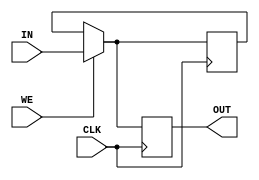
module REGISTER
(
    input [15:0] IN,
    input CLK, WE,
    output reg [15:0] OUT
);
    // Register Size
    parameter DATA_WIDTH = 16;
    // Temp Holder
    reg [15:0] CURRENT = 16'b0000_0000_0000_0000;

    always @ (posedge CLK)
        begin
            if (WE)
                begin
                    OUT <= IN;
                    CURRENT <= IN;
                end
            else
                begin
                    OUT <= CURRENT;
                end
        end

endmodule

/*****************************************************************************/
/************************ Test Bench for REGISTER ****************************/
/*****************************************************************************/
module testREGISTER;

    reg [15:0] IN;
    reg CLK, WE;
    wire [15:0] OUT;
    
    // Initiate registers
    initial begin
        IN = 16'b0000_0000_0000_0000;
        CLK = 1'b0;
        WE = 1'b0;
    end
    
    // Initiate Register
    REGISTER UUT(
        .IN(IN),
        .CLK(CLK),
        .WE(WE),
        .OUT(OUT)
    );
    
    // Test
    initial begin
        #10 // Set a value for REG
        IN = 16'b0110_0011_0000_1110;
        CLK = 1'b1;
        WE = 1'b1;
        #10
        CLK = 1'b0;
        #10 // Keep a value on DATA with WE - 0
        IN = 16'b0011_0000_1110_0001;
        CLK = 1'b1;
        WE = 1'b0;
        #10
        CLK = 1'b0;
        #10 // Set a new value for REG
        IN = 16'b0011_0010_1110_1101;
        CLK = 1'b1;
        WE = 1'b1;
        #10
        CLK = 1'b0;
        #10 // Try Read value
        IN = 16'b0011_0000_1110_0001;
        CLK = 1'b1;
        WE = 1'b0;
        #10
        CLK = 1'b0;
        #10 // Set a new value
        IN = 16'b0011_1110_1110_0001;
        CLK = 1'b1;
        WE = 1'b1;
        
    end

endmodule